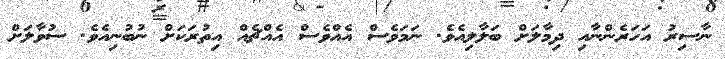
ނާސިރު އަހަރެންނާއި ދިމާލަށް ބަލާލިއެވެ. ނަމަވެސް އެއްވެސް އެއްޗެއް އިތުރަކަށް ނުބުނިއެވެ. ސުވާލަށް